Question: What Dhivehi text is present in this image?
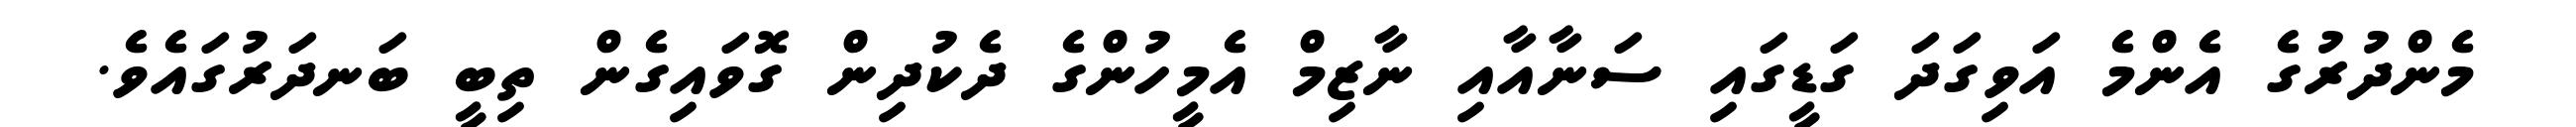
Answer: މެންދުރުގެ އެންމެ އަވިގަދަ ގަޑީގައި ސަނާއާއި ނާޒިމް އެމީހުންގެ ދެކުދިން ގޮވައިގެން ތިބީ ބަނދަރުގައެވެ.